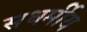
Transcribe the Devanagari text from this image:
सधर्मीय